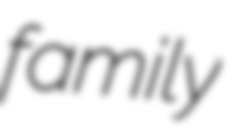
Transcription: family